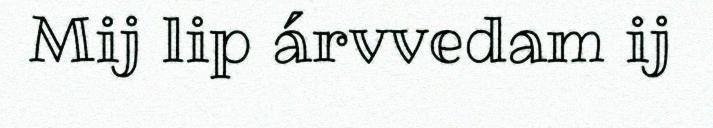
Mij lip árvvedam ij